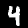
Label: 4